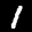
Label: 1